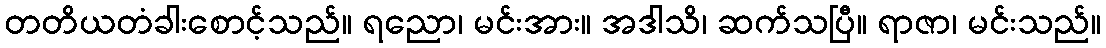
တတိယတံခါးစောင့်သည်။ ရညော၊ မင်းအား။ အဒါသိ၊ ဆက်သပြီ။ ရာဇာ၊ မင်းသည်။